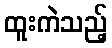
ထူးကဲသည့်